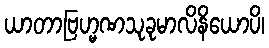
ယာတာဗြဟ္မဏသုခုမာလိနိယောပိ၊